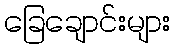
ခြေချောင်းများ